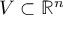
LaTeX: V \subset \mathbb { R } ^ { n }